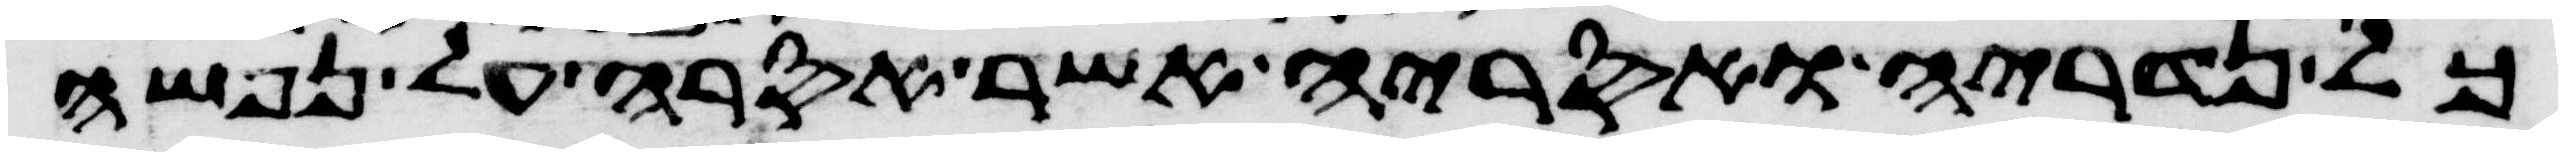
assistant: כל נדריה ואסריה אשר אסרה על נפשה